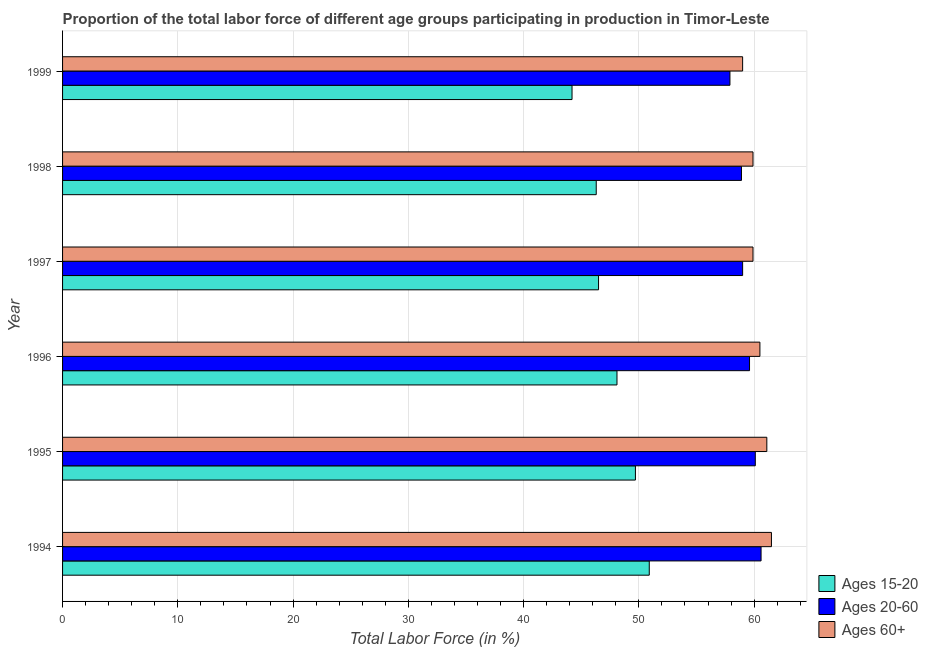
| Year | Ages 15-20 | Ages 20-60 | Ages 60+ |
 | --- | --- | --- | --- |
 | 1994 | 50.9 | 60.6 | 61.5 |
 | 1995 | 49.7 | 60.1 | 61.1 |
 | 1996 | 48.1 | 59.6 | 60.5 |
 | 1997 | 46.5 | 59 | 59.9 |
 | 1998 | 46.3 | 58.9 | 59.9 |
 | 1999 | 44.2 | 57.9 | 59 |